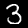
Digit: 3